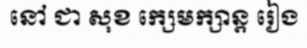
នៅ ជា សុខ ក្សេមក្សាន្ត រៀង